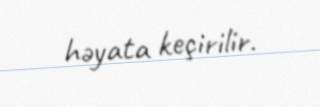
həyata keçirilir.